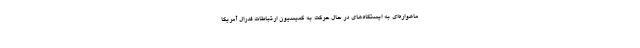
ماهواره‌ای به ایستگاه‌های در حال حرکت به کمیسیون ارتباطات فدرال آمریکا